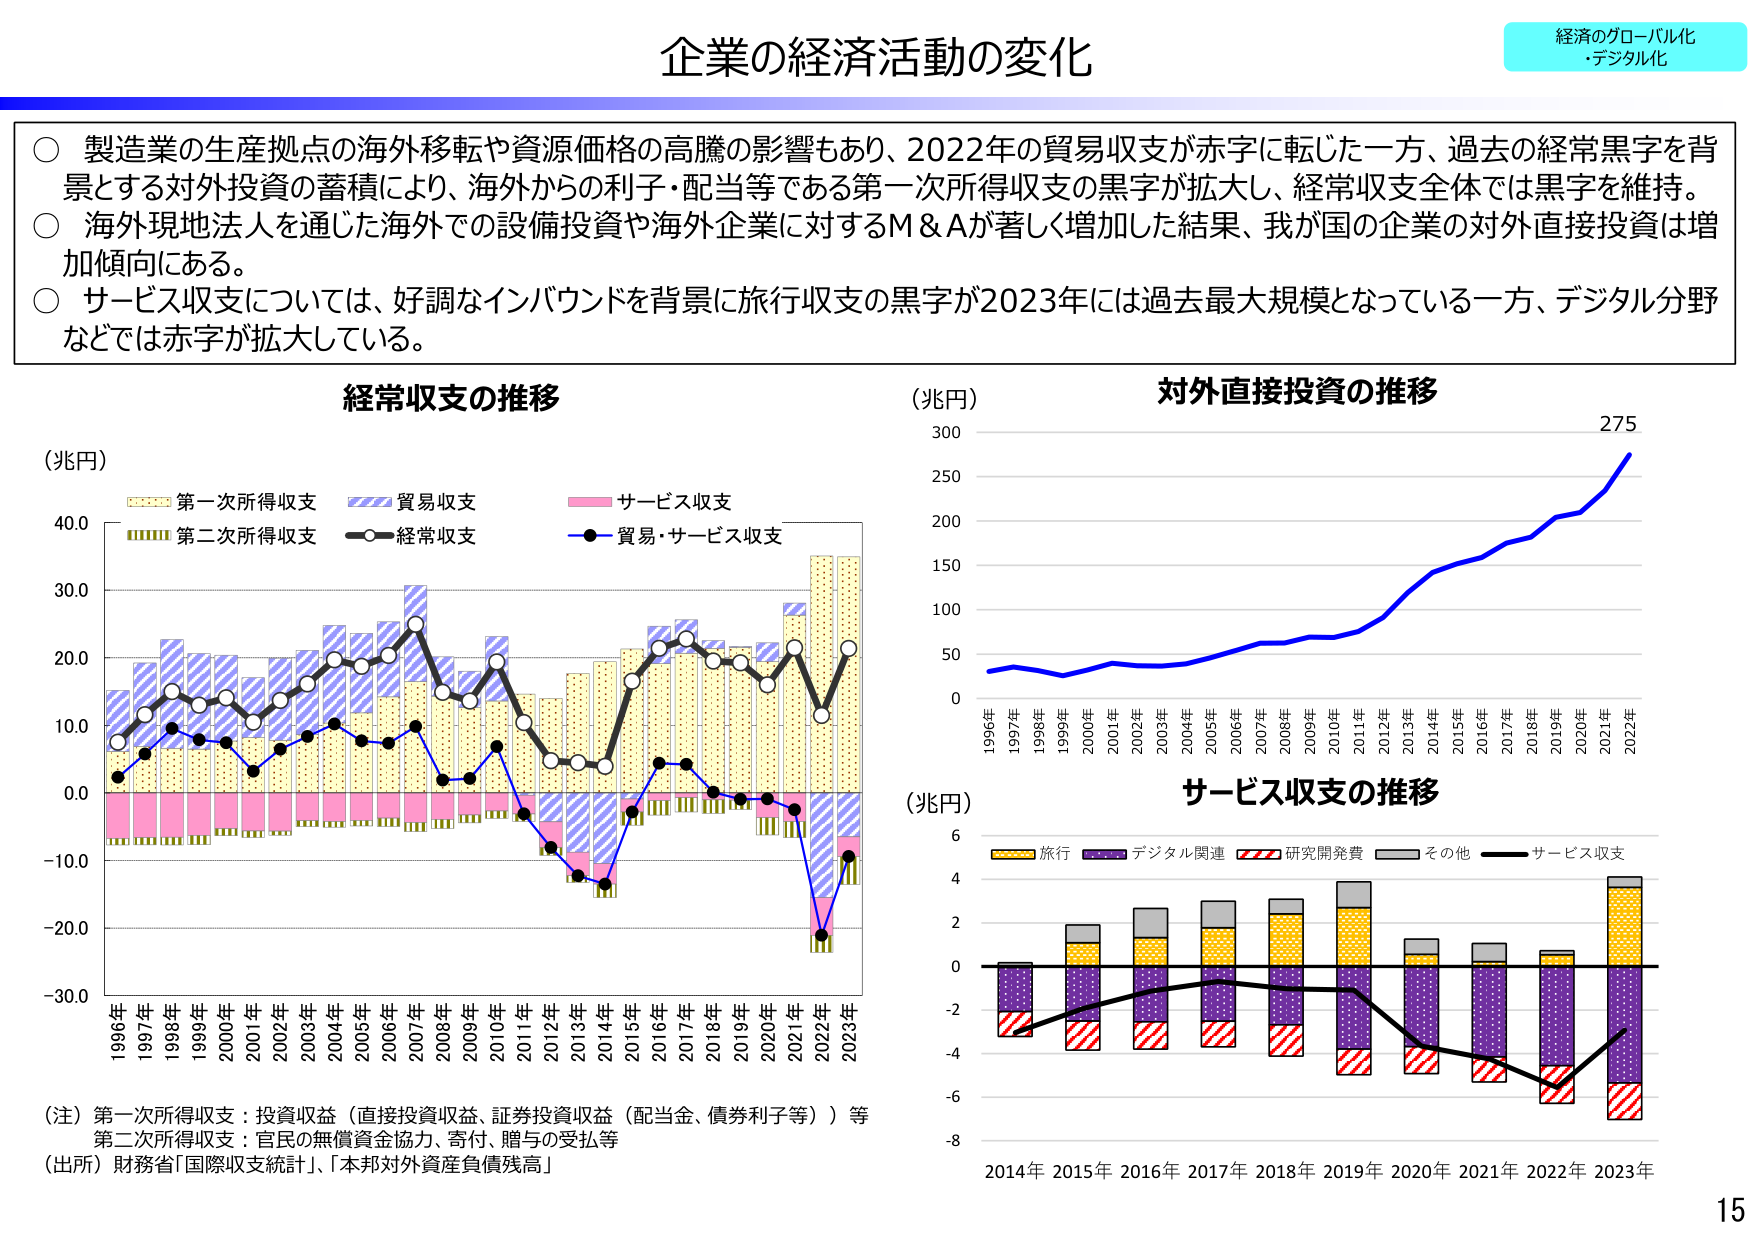
企業の経済活動の変化

経済のグローバル化
・デジタル化

○ 製造業の生産拠点の海外移転や資源価格の高騰の影響もあり、2022年の貿易収支が赤字に転じた一方、過去の経常黒字を背景とする対外投資の蓄積により、海外からの利子・配当等である第一次所得収支の黒字が拡大し、経常収支全体では黒字を維持。
○ 海外現地法人を通じた海外での設備投資や海外企業に対するM＆Aが著しく増加した結果、我が国の企業の対外直接投資は増加傾向にある。
○ サービス収支については、好調なインバウンドを背景に旅行収支の黒字が2023年には過去最大規模となっている一方、デジタル分野などでは赤字が拡大している。

経常収支の推移
（兆円）
第一次所得収支
貿易収支
サービス収支
第二次所得収支
経常収支
貿易・サービス収支

1996年 1997年 1998年 1999年 2000年 2001年 2002年 2003年 2004年 2005年 2006年 2007年 2008年 2009年 2010年 2011年 2012年 2013年 2014年 2015年 2016年 2017年 2018年 2019年 2020年 2021年 2022年 2023年

（注）第一次所得収支：投資収益（直接投資収益、証券投資収益（配当金、債券利子等））等
第二次所得収支：官民の無償資金協力、寄付、贈与の受払等
（出所）財務省「国際収支統計」、「本邦対外資産負債残高」

対外直接投資の推移
（兆円）
275
1996年 1997年 1998年 1999年 2000年 2001年 2002年 2003年 2004年 2005年 2006年 2007年 2008年 2009年 2010年 2011年 2012年 2013年 2014年 2015年 2016年 2017年 2018年 2019年 2020年 2021年 2022年

サービス収支の推移
（兆円）
旅行
デジタル関連
研究開発費
その他
サービス収支
2014年 2015年 2016年 2017年 2018年 2019年 2020年 2021年 2022年 2023年

15